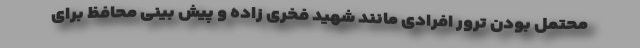
محتمل بودن ترور افرادی مانند شهید فخری زاده و پیش بینی محافظ برای